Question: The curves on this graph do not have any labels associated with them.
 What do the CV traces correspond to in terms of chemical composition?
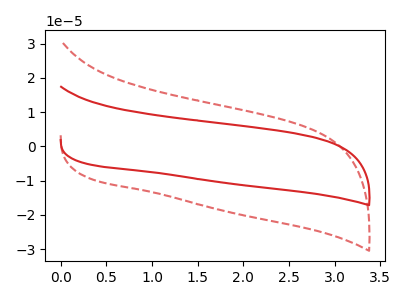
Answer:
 <answer>The red curve does not have a label. The red dashed curve does not have a label.</answer>
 <eval></eval>